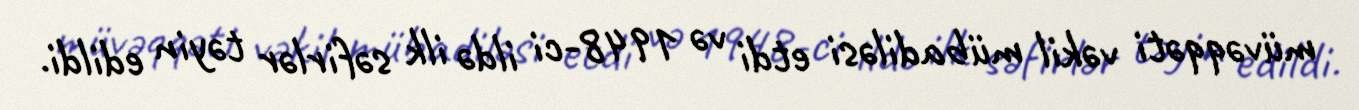
müvəqqəti vəkil mübadiləsi etdi və 1948-ci ildə ilk səfirlər təyin edildi.